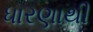
ધારણાથી